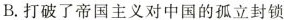
B.打破了帝国主义对中国的孤立封锁